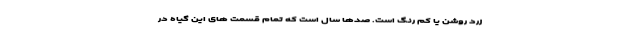
زرد روشن یا کم رنگ است. صدها سال است که تمام قسمت های این گیاه در